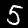
Digit: 5